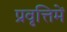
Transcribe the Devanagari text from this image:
प्रवृत्तिमें